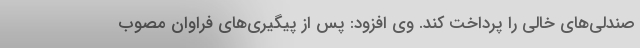
صندلی‌های خالی را پرداخت کند. وی افزود: پس از پیگیری‌های فراوان مصوب